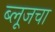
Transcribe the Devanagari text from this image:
ब्लूजचा